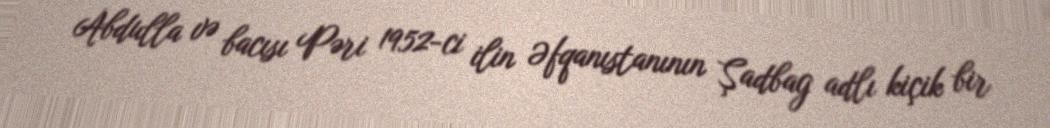
Abdulla və bacısı Pəri 1952-ci ilin Əfqanıstanının Şadbag adlı kiçik bir